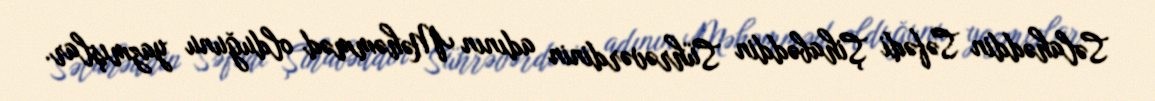
Səlahəddin Səfədi Şihabəddin Sührəvərdinin adının Məhəmməd olduğunu yazmışlar.